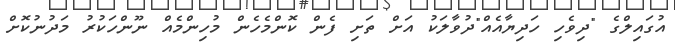
އުގައިލްގެ "ދިވެހި ހަދިޔާއެއް"ދުވާލަކު އަށް ތަށި ފެން ކޮންމެހެން މުހިންމެއް ނޫންހަކުރު މަދުނުކޮށް